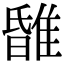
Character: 𨿹